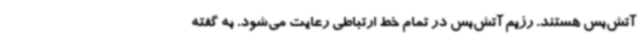
آتش‌بس هستند. رژیم آتش‌بس در تمام خط ارتباطی رعایت می‌شود. به گفته